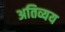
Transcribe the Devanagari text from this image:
अतिव्यय